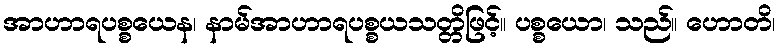
အာဟာရပစ္စယေန၊ နာမ်အာဟာရပစ္စယသတ္တိဖြင့်။ ပစ္စယော၊ သည်။ ဟောတိ၊